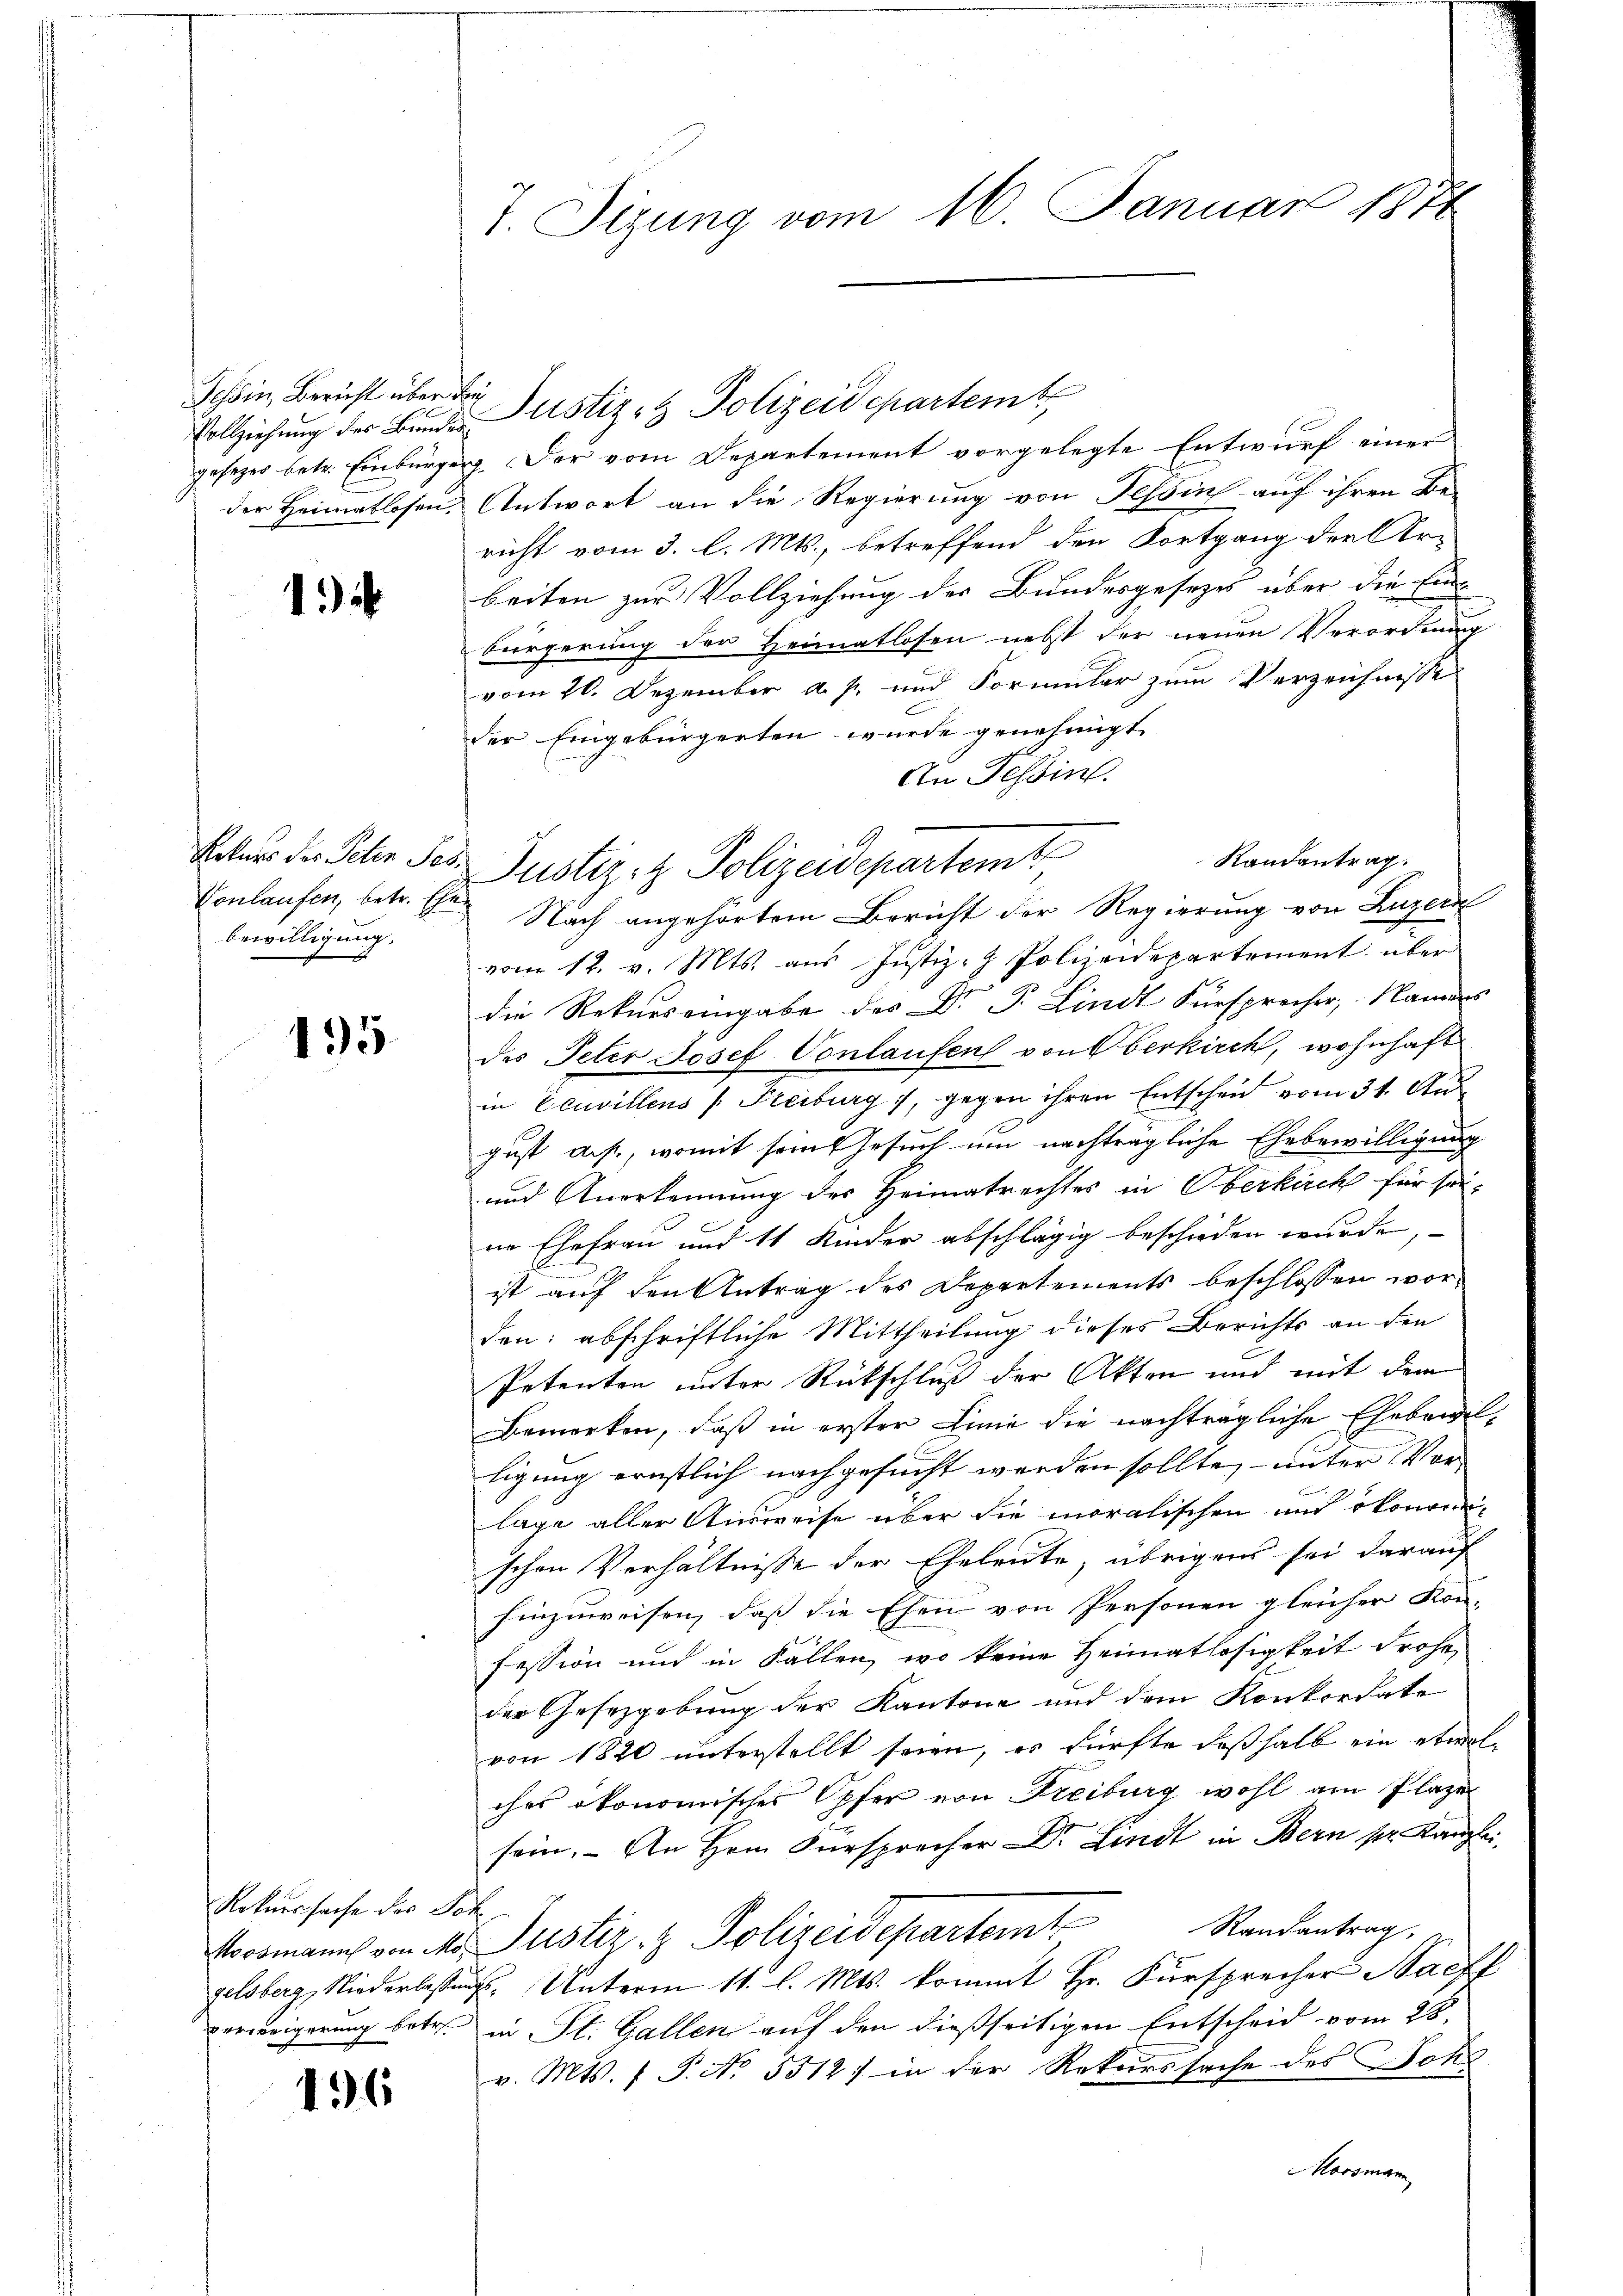
Tessin, Bericht über de
Vollziehung des Bundes
gesezes betr. Einbürger
der Heimatlosen.

1

Rekurs des Peten Pos
Vonlaufen, betr. Ehe.
bewilligung,

195

Rekurssache der Sch
verweigerung betr

136

7. Sizung vom 16. Januar 1878

g. Der vom Departement vorgelegte Entwurf einer
Antwort an die Regierung von Tessin auf ihren Be-
richt vom 3. l. Mts., betreffend den Fortgang der Ur-
beiten zur Vollziehung des Bundesgesetzes über die Einbürgerung der Heimatlosen nebst der neuen Verordnung
vom 20. Dezember a. f. und Formular zum Verzeichnisse
der Eingebürgerten wurde genehmigt
An Tessin.
Nach angehörtem Bericht der Regierung von Luzern
vom 12. v. Mts. aus Justiz- & Polizeidepartement über
die Rekurs eingabe des Dr. P. Lindt Fürsprecher, Namens
des Peter Josef. Vonlaufen von berkirch, wohnhaft
in Eeuvillens (Freiburg, gegen ihren Entscheid vom 31. Au
gust ds., womit sein Gesuch um nachträgliche Ehebewilligung
und Anerkennung des Heimatrechtes in Oberkirch für sei-
ne Ehefrau und 11 Kinder abschlägig beschieden wurde,
ist auf den Antrag des Departements beschlossen worden: abschriftliche Mittheilung dieses Berichts an den
Petenten unter Rückschluß der Akten und mit dem
Bemerken, daß in erster Linie die nachträgliche Ehebandelligung ernstlich nachgesucht werden sollte, unter Vorlage aller Ausweise über die moralischen und ökonomischen Verhältnisse der Eheleute, übrigens sei darauf
hinzuweisen, daß die Ehen von Personen gleicher Kon-
fession und in Fällen, wo keine Heimatlosigkeit frohe,
der Gesetzgebung der Kantone und dem Konkordate
von 1820 unterstellt seien, es fürfte deßhalb ein etwas
ches ökonomisches Opfer von Freiburg wohl am Plaze
sein. - An Hrn. Fürsprecher Dr. Lindt in Bern pr. Kanzlei
Randantrag,
Noosmann von M. Justiz- & Polizeidepartemt
gelsberg, Niederlassung. Unterm 11. l. Mts. kommt Hr. Fürsprecher Stacht
in St. Gallen auf den dießseitigen Entscheid vom 28.
v. Mts. f. P. Nr. 5512: in der Rekurssache des Joha
orsmann

Justiz- & Polizeidepartem

Justiz- & Polizeidepartemt

Randantrag.